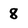
Character: 8